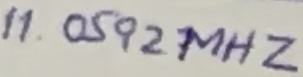
Text: 11.0592MHZ